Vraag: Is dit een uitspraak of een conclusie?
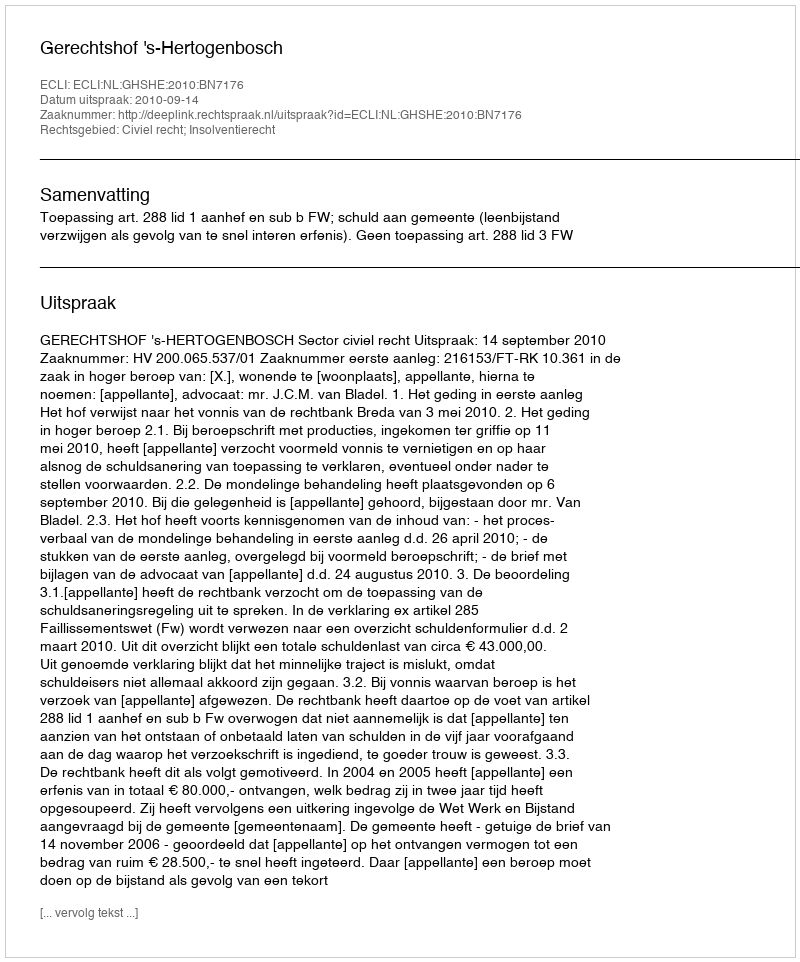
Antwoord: Uitspraak